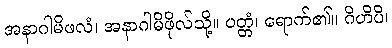
အနာဂါမိဖလံ၊ အနာဂါမိဖိုလ်သို့။ ပတ္တံ၊ ရောက်၏။ ဂိဟိပိ၊